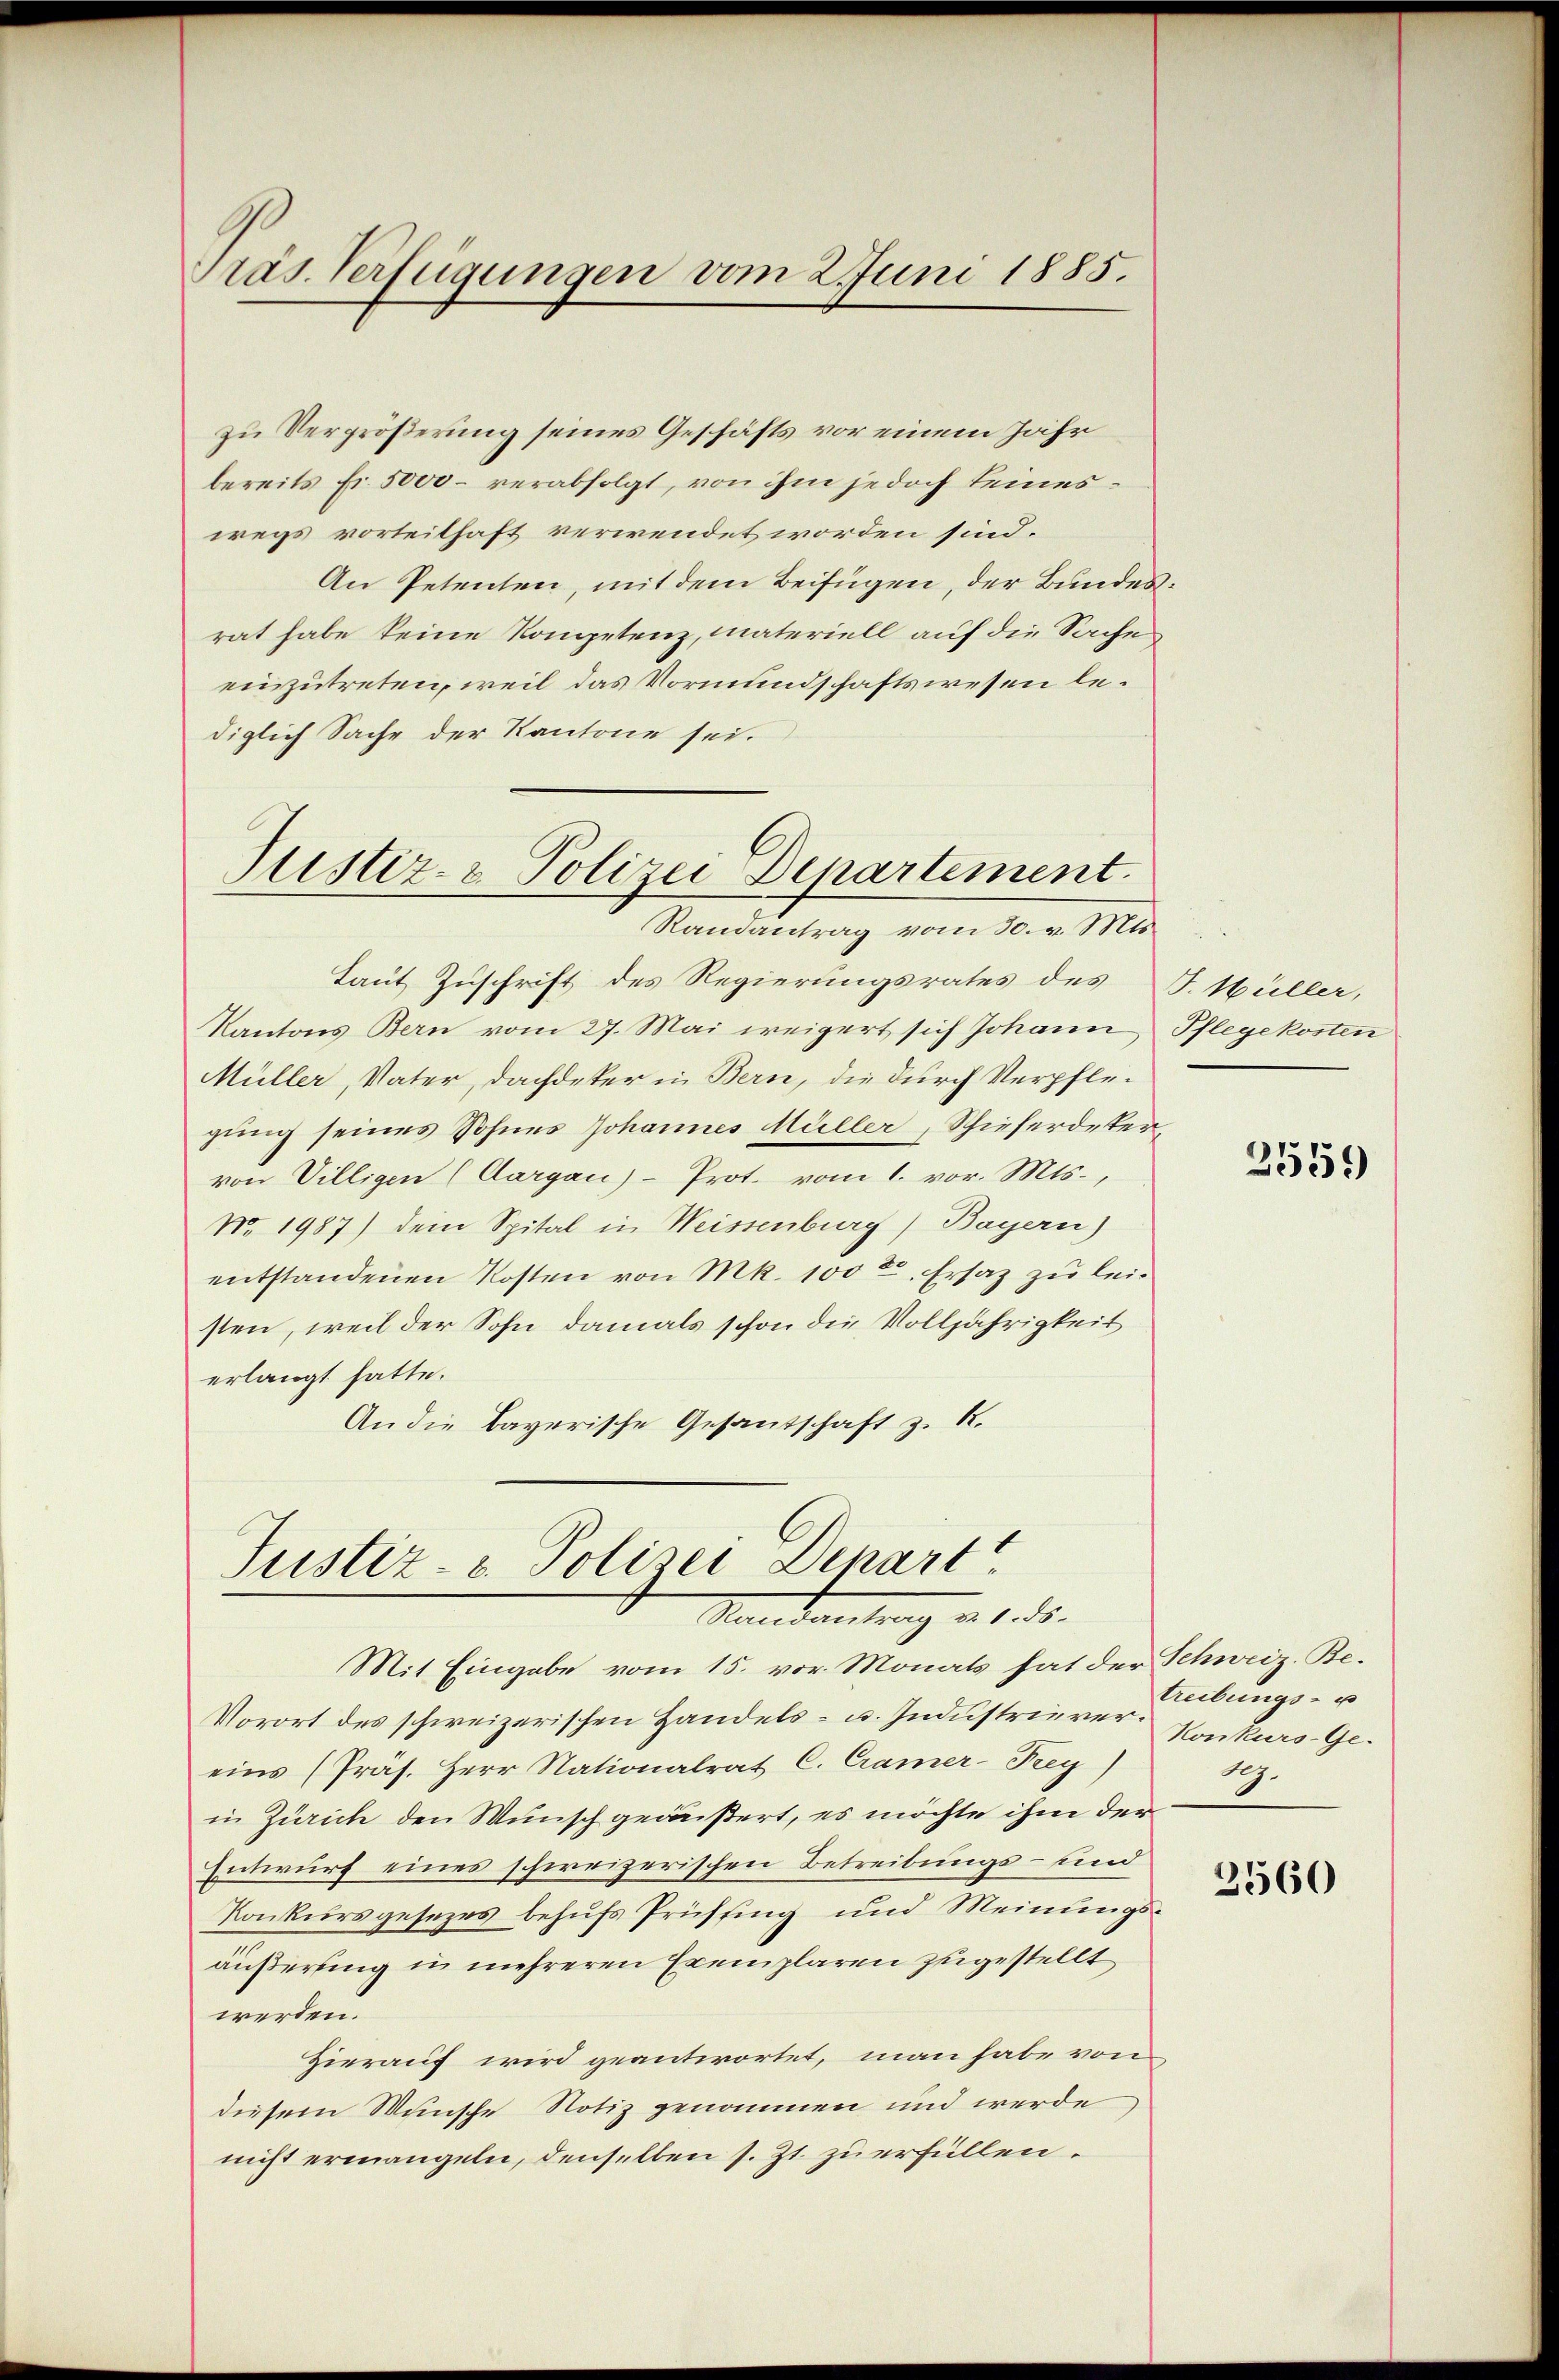
räs. Verfügungen vom 2. Juni 1885.

zu Vergrößerung seines Geschäfts vor einem Jahr
bereits Fr. 5000 – verabfolgt, von ihm jedoch seineswegs vorteilhaft verwendet worden sind.
An Petenten, mit dem Beifügen, der Bundesrat habe keine Kompetenz, materiell auf die Sache
einzutreten, weil das Vormundschaftswesen lediglich Sache der Kantone sei.

Justiz- & Polizei Departement.
Randantrag vom 30. v. Mts.

Laut Zuschrift des Regierungsrates des J. Müller,
Kantons Bern vom 27. Mai weigert sich Johann Pflegekosten
Müller, Vater, Dachdeker in Bern, die durch Verpflegung seines Sohnes Johannes Müller, Schieferdeter,
von Villigen (Aargau)- Prot. vom 1. vor. Mts.,
No. 1987) dein Spital in Weissenburg) Bayern)
entstandenen Kosten von Mk. 100 l. Ersatz zu leisten, weil der Sohn damals schon die Volljährigkeit
erlangt hatte.
An die Bayerische Gesantschaft z. R.

Justiz- & Polizei Denart
Randantrag v. 1. ds.

Mit Eingabe vom 15. vor Monats hat der Schweiz. Be¬
Vorort des schweizerischen Handels- u. Industrierer Konkurs Geeins (Präs. Herr Nationalrat C. Cramer-Pry)
in Zürich den Wunsch geäußert, es möchte ihm der
Entwurf eines schweizerischen Betreibungs- und
Konkursgesezes behufs Prüffing und Meinungsäußerung in mehreren Exemplaren zugestellt
werden.
Hierauf wird geantwortet, man habe von
diesem Wunsche Notiz genommen und werde
nicht ermangeln, denselben s. Zt. zu erfüllen.

2559)

treibungs- u
dg.

3560